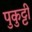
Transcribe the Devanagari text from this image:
पुकुट्टी